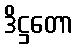
ဒိဋ္ဌတော